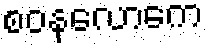
စဝနလောကေ